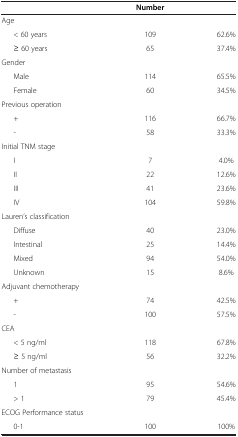
<table><thead><tr><td><b> </b></td><td><b>Number</b></td><td><b> </b></td></tr></thead><tbody><tr><td>Age</td><td> </td><td> </td></tr><tr><td>&lt; 60 years</td><td>109</td><td>62.6%</td></tr><tr><td>≥ 60 years</td><td>65</td><td>37.4%</td></tr><tr><td>Gender</td><td> </td><td> </td></tr><tr><td>Male</td><td>114</td><td>65.5%</td></tr><tr><td>Female</td><td>60</td><td>34.5%</td></tr><tr><td>Previous operation</td><td> </td><td> </td></tr><tr><td>+</td><td>116</td><td>66.7%</td></tr><tr><td>-</td><td>58</td><td>33.3%</td></tr><tr><td>Initial TNM stage</td><td> </td><td> </td></tr><tr><td>I</td><td>7</td><td>4.0%</td></tr><tr><td>II</td><td>22</td><td>12.6%</td></tr><tr><td>III</td><td>41</td><td>23.6%</td></tr><tr><td>IV</td><td>104</td><td>59.8%</td></tr><tr><td>Lauren’s classification</td><td> </td><td> </td></tr><tr><td>Diffuse</td><td>40</td><td>23.0%</td></tr><tr><td>Intestinal</td><td>25</td><td>14.4%</td></tr><tr><td>Mixed</td><td>94</td><td>54.0%</td></tr><tr><td>Unknown</td><td>15</td><td>8.6%</td></tr><tr><td>Adjuvant chemotherapy</td><td> </td><td> </td></tr><tr><td>+</td><td>74</td><td>42.5%</td></tr><tr><td>-</td><td>100</td><td>57.5%</td></tr><tr><td>CEA</td><td> </td><td> </td></tr><tr><td>&lt; 5 ng/ml</td><td>118</td><td>67.8%</td></tr><tr><td>≥ 5 ng/ml</td><td>56</td><td>32.2%</td></tr><tr><td>Number of metastasis</td><td> </td><td> </td></tr><tr><td>1</td><td>95</td><td>54.6%</td></tr><tr><td>&gt; 1</td><td>79</td><td>45.4%</td></tr><tr><td>ECOG Performance status</td><td> </td><td> </td></tr><tr><td>0-1</td><td>100</td><td>100%</td></tr></tbody></table>